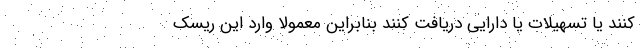
کنند یا تسهیلات یا دارایی دریافت کنند بنابراین معمولا وارد این ریسک